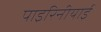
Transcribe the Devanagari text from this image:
पाइरिनीयाई